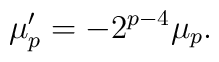
\mu^\prime _p = -2^{p-4} \mu_p.